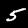
Digit: 5